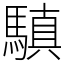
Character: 𩥄